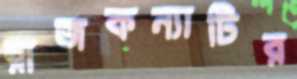
রাজকন্যাটির